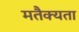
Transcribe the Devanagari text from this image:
मतैक्यता